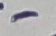
Text: -